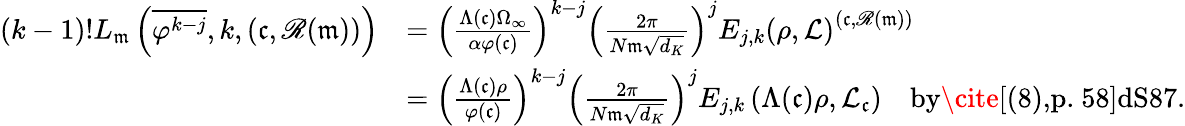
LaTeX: \begin{array}{rl}{(k-1)!L_{\mathfrak m}\left(\overline{{\varphi^{k-j}}},k,(\mathfrak c,\mathscr{R}(\mathfrak m))\right)}&{=\left(\frac{\Lambda(\mathfrak c)\Omega_{\infty}}{\alpha\varphi(\mathfrak c)}\right)^{k-j}\left(\frac{2\pi}{N\mathfrak m\sqrt{d_{K}}}\right)^{j}E_{j,k}\left(\rho,\mathcal{L}\right)^{(\mathfrak c,\mathscr{R}(\mathfrak m))}}\\ &{=\left(\frac{\Lambda(\mathfrak c)\rho}{\varphi(\mathfrak c)}\right)^{k-j}\left(\frac{2\pi}{N\mathfrak m\sqrt{d_{K}}}\right)^{j}E_{j,k}\left(\Lambda(\mathfrak c)\rho,\mathcal{L}_{\mathfrak c}\right)\quad\textrm{by\cite[(8),p.~58]{dS87}}.}\end{array}